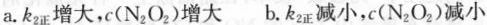
a.k_{2正}增大，c(N_{2}O_{2})增大 b.k_{2正}正减小，c(N_{2}O_{2})减小